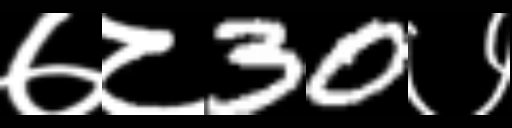
Text: ७८30७